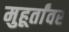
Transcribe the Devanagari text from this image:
मुहूर्तांवर